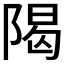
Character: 𫕈